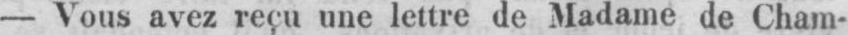
- Vous avez reçu une lettre de Madame de Cham-